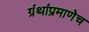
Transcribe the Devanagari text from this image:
ग्रंथांप्रमाणेच